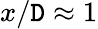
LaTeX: x/\mathtt{D}\approx1